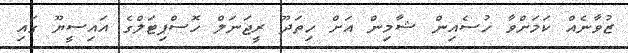
ޒުވާނެއް ކަމަށްވާ ހުސެއިން ޝާމިން އަށް ހިތަދޫ ރީޖަނަލް ހޮސްޕިޓަލްގެ އައިސީޔޫ ގައި